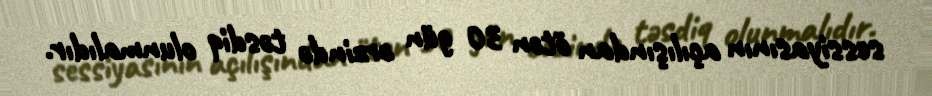
sessiyasının açılışından ötən 30 gün ərzində təsdiq olunmalıdır.